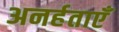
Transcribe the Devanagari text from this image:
अनर्हताएँ